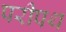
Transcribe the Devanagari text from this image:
परीपथ